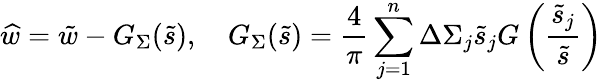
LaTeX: \widehat{w}=\tilde{w}-G_{\Sigma}(\tilde{s}),\quad G_{\Sigma}(\tilde{s})=\frac{4}{\pi}\sum_{j=1}^{n}\Delta\Sigma_{j}\tilde{s}_{j}G\left(\frac{\tilde{s}_{j}}{\tilde{s}}\right)